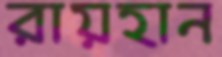
রায়হান